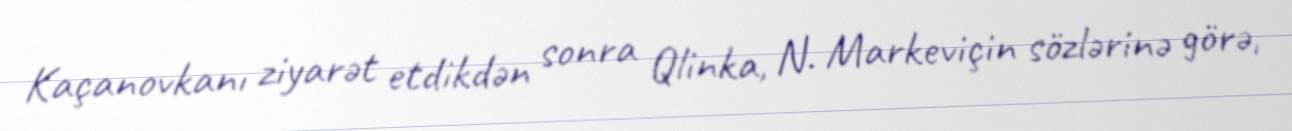
Kaçanovkanı ziyarət etdikdən sonra Qlinka, N. Markeviçin sözlərinə görə,